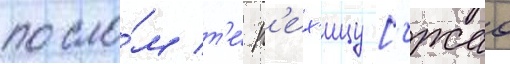
посло́м т'е́ р'ех'ицу [чжао